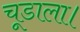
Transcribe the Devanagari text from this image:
चूडाला।